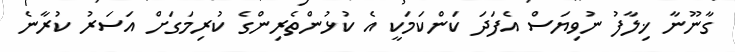
ގާނޫނާ ޚިލާފު ނުވިޔަސް އެފަދަ ކަންކަމަކީ އެ ކުޅުންތެރިންގެ ކުރިމަގަށް އަސަރު ކުރާނެ